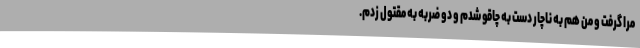
مرا گرفت و من هم به ناچار دست به چاقو شدم و دو ضربه به مقتول زدم.